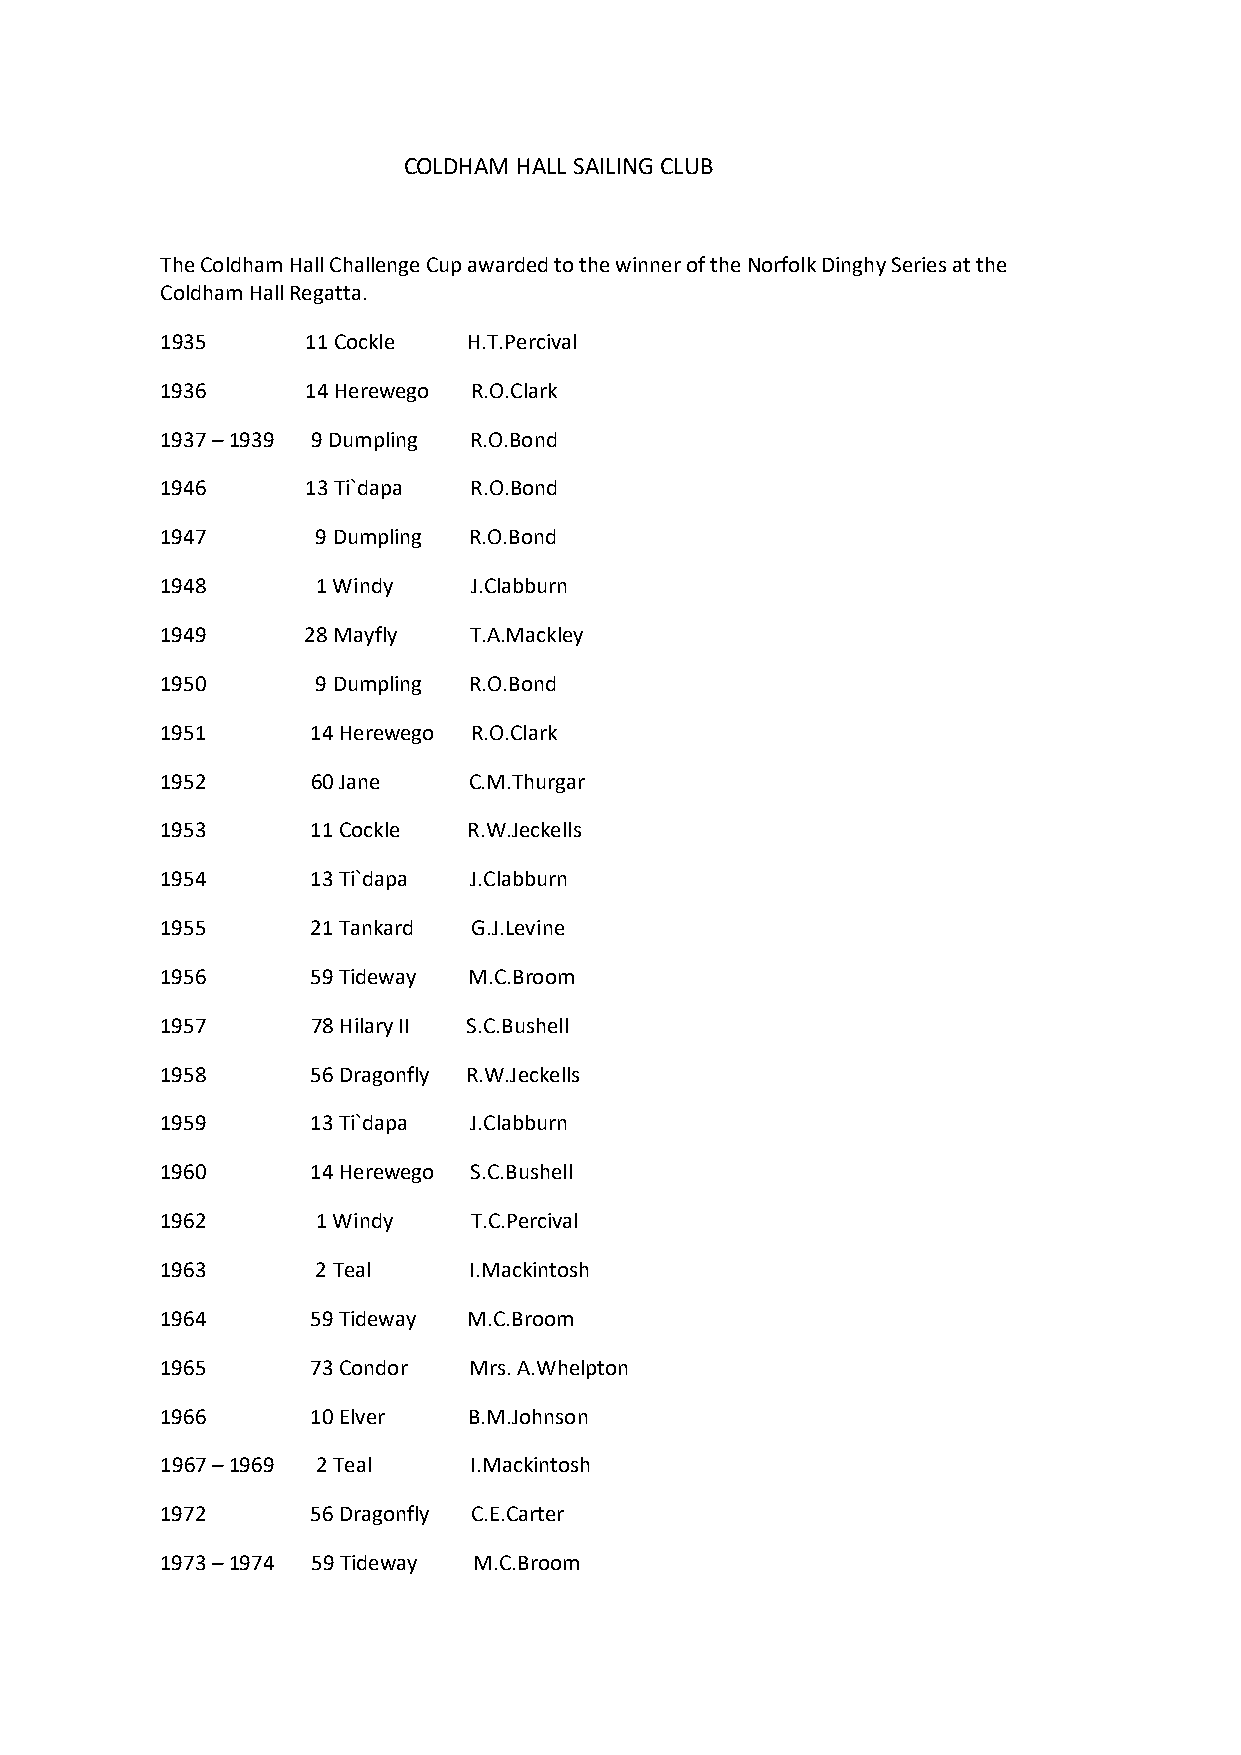
COLDHAM HALL SAILING CLUB
 The Coldham Hall Challenge Cup awarded to the winner of the Norfolk Dinghy Series at the
 Coldham Hall Regatta.
 1935     11 Cockle  H.T.Percival
 1936     14 Herewego R.O.Clark
 1937 – 1939 9 Dumpling R.O.Bond
 1946     13 Ti`dapa R.O.Bond
 1947      9 Dumpling R.O.Bond
 1948      1 Windy   J.Clabburn
 1949     28 Mayfly  T.A.Mackley
 1950      9 Dumpling R.O.Bond
 1951      14 Herewego R.O.Clark
 1952      60 Jane   C.M.Thurgar
 1953      11 Cockle R.W.Jeckells
 1954      13 Ti`dapa J.Clabburn
 1955      21 Tankard G.J.Levine
 1956      59 Tideway M.C.Broom
 1957      78 Hilary II S.C.Bushell
 1958      56 Dragonfly R.W.Jeckells
 1959      13 Ti`dapa J.Clabburn
 1960      14 Herewego S.C.Bushell
 1962      1 Windy   T.C.Percival
 1963      2 Teal    I.Mackintosh
 1964      59 Tideway M.C.Broom
 1965      73 Condor Mrs. A.Whelpton
 1966      10 Elver  B.M.Johnson
 1967 – 1969 2 Teal  I.Mackintosh
 1972      56 Dragonfly C.E.Carter
 1973 – 1974 59 Tideway M.C.Broom